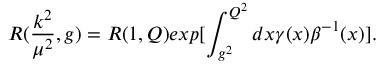
R ( \frac { k ^ { 2 } } { { \mu } ^ { 2 } } , g ) = R ( 1 , Q ) e x p [ \int _ { g ^ { 2 } } ^ { Q ^ { 2 } } d x \gamma ( x ) { \beta } ^ { - 1 } ( x ) ] .